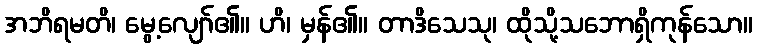
အဘိရမတိ၊ မွေ့လျော်၏။ ဟိ၊ မှန်၏။ တာဒိသေသု၊ ထိုသို့သဘောရှိကုန်သော။